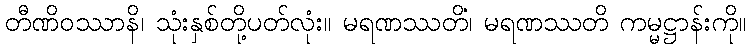
တီဏိဝဿာနိ၊ သုံးနှစ်တို့ပတ်လုံး။ မရဏဿတိံ၊ မရဏဿတိ ကမ္မဋ္ဌာန်းကို။